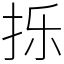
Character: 㧰